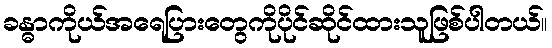
ခန္ဓာကိုယ်အရေပြားတွေကိုပိုင်ဆိုင်ထားသူဖြစ်ပါတယ်။